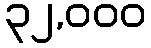
၃၂,၀၀၀